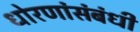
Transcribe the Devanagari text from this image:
धोरणांसंबंधी